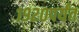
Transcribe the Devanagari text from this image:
१९२०पर्यंत